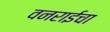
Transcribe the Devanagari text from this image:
वनराईचा